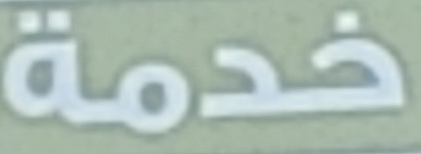
خدمة